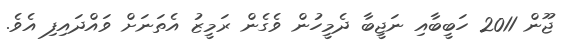
ޖޫން 2011 ހަބީބާއި ނަޖީބާ ދެމީހުން ވެގެން ރަމީޒު އެތަނަށް ވައްދައިފި އެވެ.